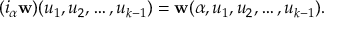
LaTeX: ( i _ { \alpha } { \mathbf { w } } ) ( u _ { 1 } , u _ { 2 } , \ldots , u _ { k - 1 } ) = { \mathbf { w } } ( \alpha , u _ { 1 } , u _ { 2 } , \ldots , u _ { k - 1 } ) .